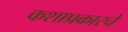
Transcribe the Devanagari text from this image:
कशाप्रकारचे